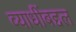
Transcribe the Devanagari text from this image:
व्याधींबद्दल